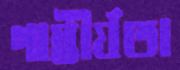
গাম্ভীর্যতা